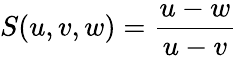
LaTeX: S(u,v,w)={\frac{u-w}{u-v}}